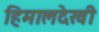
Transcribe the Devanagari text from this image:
हिमालदेखी